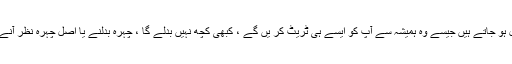
بہت دفعہ ایسے لوگ آپ کی زندگی میں زبردستی شامل ہو جاتے ہیں جیسے وہ ہمیشہ سے آپ کو ایسے ہی ٹریٹ کر یں گے ، کبھی کچھ نہیں بدلے گا ، چہرہ بدلنے یا اصل چہرہ نظر آنے تک ایک بار نہیں ، بہت بارمیرے اعصاب ٹوٹے ہیں ۔